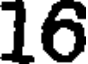
16